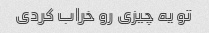
تو یه چیزی رو خراب کردی